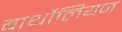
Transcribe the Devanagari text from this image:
बार्थोलियन